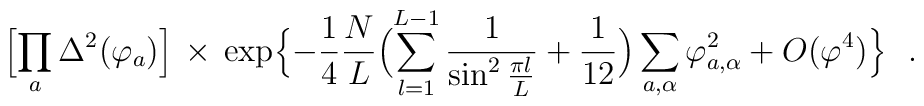
\Bigl[\prod_a \Delta^2(\varphi_a)\Bigr] \,\times\, \exp\Bigl\{-{1\over 4} {N\over L} \Bigl(\sum_{l=1}^{L-1} {1\over \sin^2 {\pi l\over L}}+ {1\over 12} \Bigr)\sum_{a,\alpha} \varphi_{a,\alpha}^2 + O(\varphi^4)\Bigr\}~~.